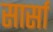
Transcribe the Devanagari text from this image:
सार्सा